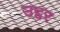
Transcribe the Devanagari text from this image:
उद्दर